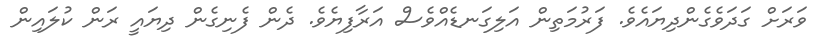
ވަރަށް ގަދަވެގެންދިޔައެވެ. ފަރުމަތިން އަލިގަނޑެއްވެސް އަރާފިޔެވެ. ދެން ފެނިގެން ދިޔައީ ރަން ކުލައިން